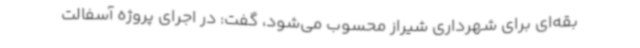
بقه‌ای برای شهرداری شیراز محسوب می‌شود، گفت: در اجرای پروژه آسفالت